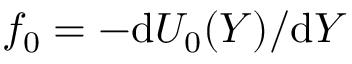
f _ { 0 } = - \mathrm { d } U _ { 0 } ( Y ) / \mathrm { d } Y